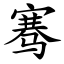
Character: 骞